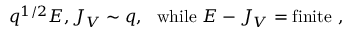
q ^ { 1 / 2 } E , J _ { V } \sim q , ~ ~ \mathrm { w h i l e } ~ E - J _ { V } = \mathrm { f i n i t e } \ ,